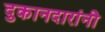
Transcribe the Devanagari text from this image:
दुकानदारांनी